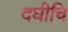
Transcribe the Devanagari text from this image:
दघीचि